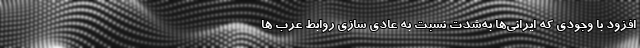
افزود با وجودی که ایرانی‌ها به‌شدت نسبت به عادی سازی روابط عرب ها